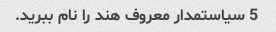
5 سیاستمدار معروف هند را نام ببرید.